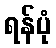
ရန်ပုံ